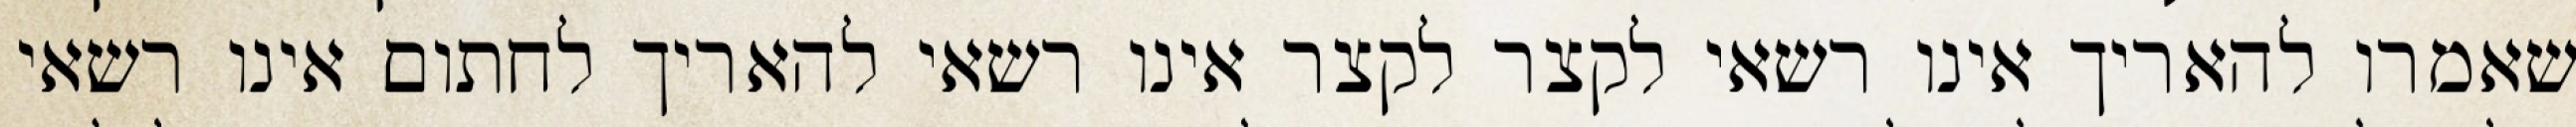
שאמרו להאריך אינו רשאי לקצר לקצר אינו רשאי להאריך לחתום אינו רשאי